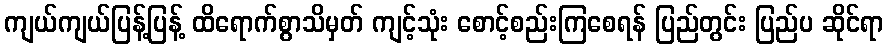
ကျယ်ကျယ်ပြန့်ပြန့် ထိရောက်စွာသိမှတ် ကျင့်သုံး စောင့်စည်းကြစေရန် ပြည်တွင်း ပြည်ပ ဆိုင်ရာ